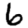
Digit: 6